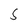
Character: 5